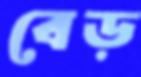
বেড়